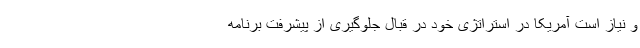
و نیاز است آمریکا در استراتژی خود در قبال جلوگیری از پیشرفت برنامه